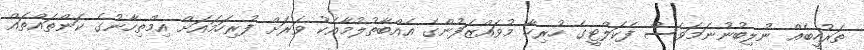
ތަރުހީބެއް ނުލިބުނުނަމަވެސް ފެކަލްޓީގެ ހުރިހާ މުވައްޒަފުންގެ އެއްބާތުލުމާއެކު ވަރަށް ފުރިހަމައަށް އިމްތިހާނުގެ ކަންތައްތައް